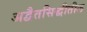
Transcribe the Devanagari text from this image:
अद्वैतसिद्धीतील